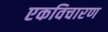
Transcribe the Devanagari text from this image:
एकविचारण